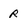
Character: R